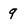
Character: 9